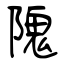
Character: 隗